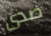
صدى